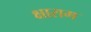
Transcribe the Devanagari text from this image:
क्षाराम